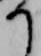
か